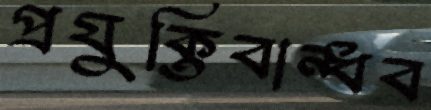
প্রযুক্তিবান্ধব